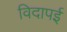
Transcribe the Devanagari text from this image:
विदापई